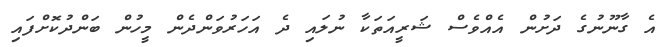
އެ ގާނޫނުގެ ދަށުން އެއްވެސް ޝަރީއަތަކާ ނުލައި ދެ އަހަރުވަންދެން މީހުން ބަންދުކޮށްފައި